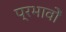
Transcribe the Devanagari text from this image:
प्रभावोें